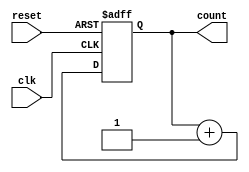
module gray_counter (
    input wire clk,
    input wire reset,
    output reg [3:0] count
);

reg [3:0] gray_count;

always @(posedge clk or posedge reset) begin
    if (reset) begin
        gray_count <= 4'b0000;
    end else begin
        gray_count <= gray_count + 1;
    end
end

assign count = gray_count;

endmodule